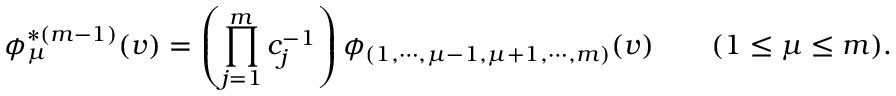
\phi _ { \mu } ^ { * ( m - 1 ) } ( v ) = \left( \prod _ { j = 1 } ^ { m } c _ { j } ^ { - 1 } \right) \phi _ { ( 1 , \cdots , \mu - 1 , \mu + 1 , \cdots , m ) } ( v ) \qquad ( 1 \le \mu \le m ) .